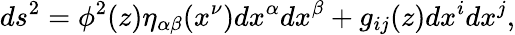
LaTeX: ds^{2}=\phi^{2}(z)\eta_{\alpha\beta}(x^{\nu})dx^{\alpha}dx^{\beta}+g_{ij}(z)dx^{i}dx^{j},